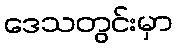
ဒေသတွင်းမှာ